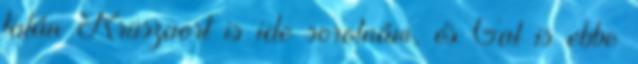
talán Krüszaort is ide sorolnám, és Gal is ebbe